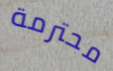
محترمة